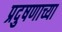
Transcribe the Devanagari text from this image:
प्रदुषणाच्या